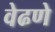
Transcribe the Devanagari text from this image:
वेढणे